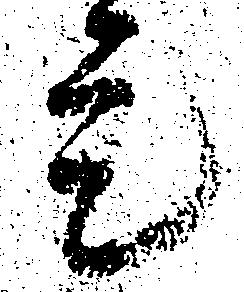
是